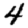
Digit: 4